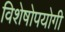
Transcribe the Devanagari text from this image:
विशेषोपयोगी